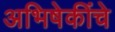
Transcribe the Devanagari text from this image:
अभिषेकींचे